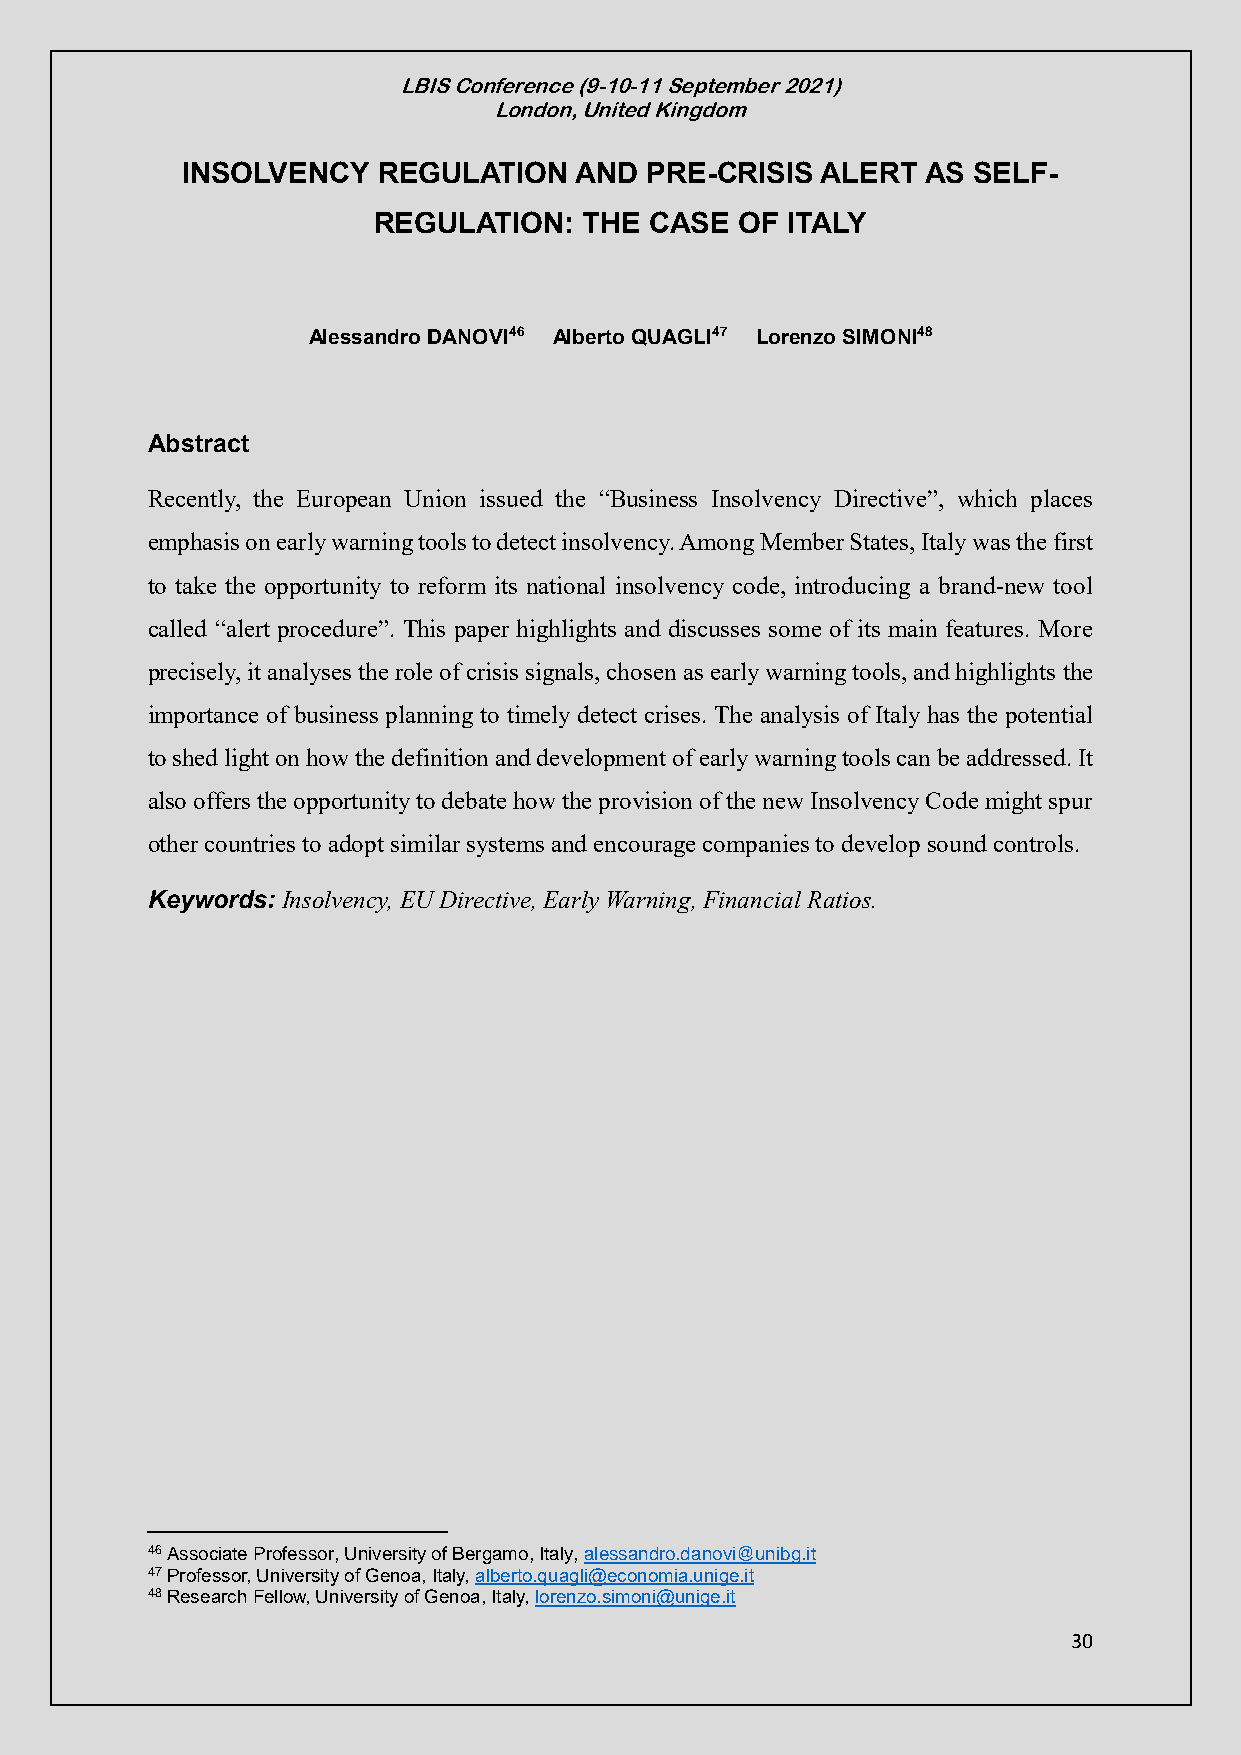
LBIS Conference (9-10-11 September 2021)
 London, United Kingdom
 INSOLVENCY   REGULATION   AND  PRE-CRISIS ALERT  AS SELF-
 REGULATION:   THE CASE  OF ITALY
 Alessandro DANOVI46 Alberto QUAGLI47 Lorenzo SIMONI48
 Abstract
 Recently, the European Union issued the “Business Insolvency Directive”, which places
 emphasis on early warning tools to detect insolvency. Among Member States, Italy was the first
 to take the opportunity to reform its national insolvency code, introducing a brand-new tool
 called “alert procedure”. This paper highlights and discusses some of its main features. More
 precisely, it analyses the role of crisis signals, chosen as early warning tools, and highlights the
 importance of business planning to timely detect crises. The analysis of Italy has the potential
 to shed light on how the definition and development of early warning tools can be addressed. It
 also offers the opportunity to debate how the provision of the new Insolvency Code might spur
 other countries to adopt similar systems and encourage companies to develop sound controls.
 Keywords: Insolvency, EU Directive, Early Warning, Financial Ratios.
 46 Associate Professor, University of Bergamo, Italy, alessandro.danovi@unibg.it
 47 Professor, University of Genoa, Italy, alberto.quagli@economia.unige.it
 48 Research Fellow, University of Genoa, Italy, lorenzo.simoni@unige.it
 30